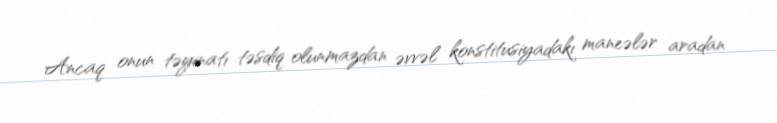
Ancaq onun təyinatı təsdiq olunmazdan əvvəl konstitusiyadakı maneələr aradan